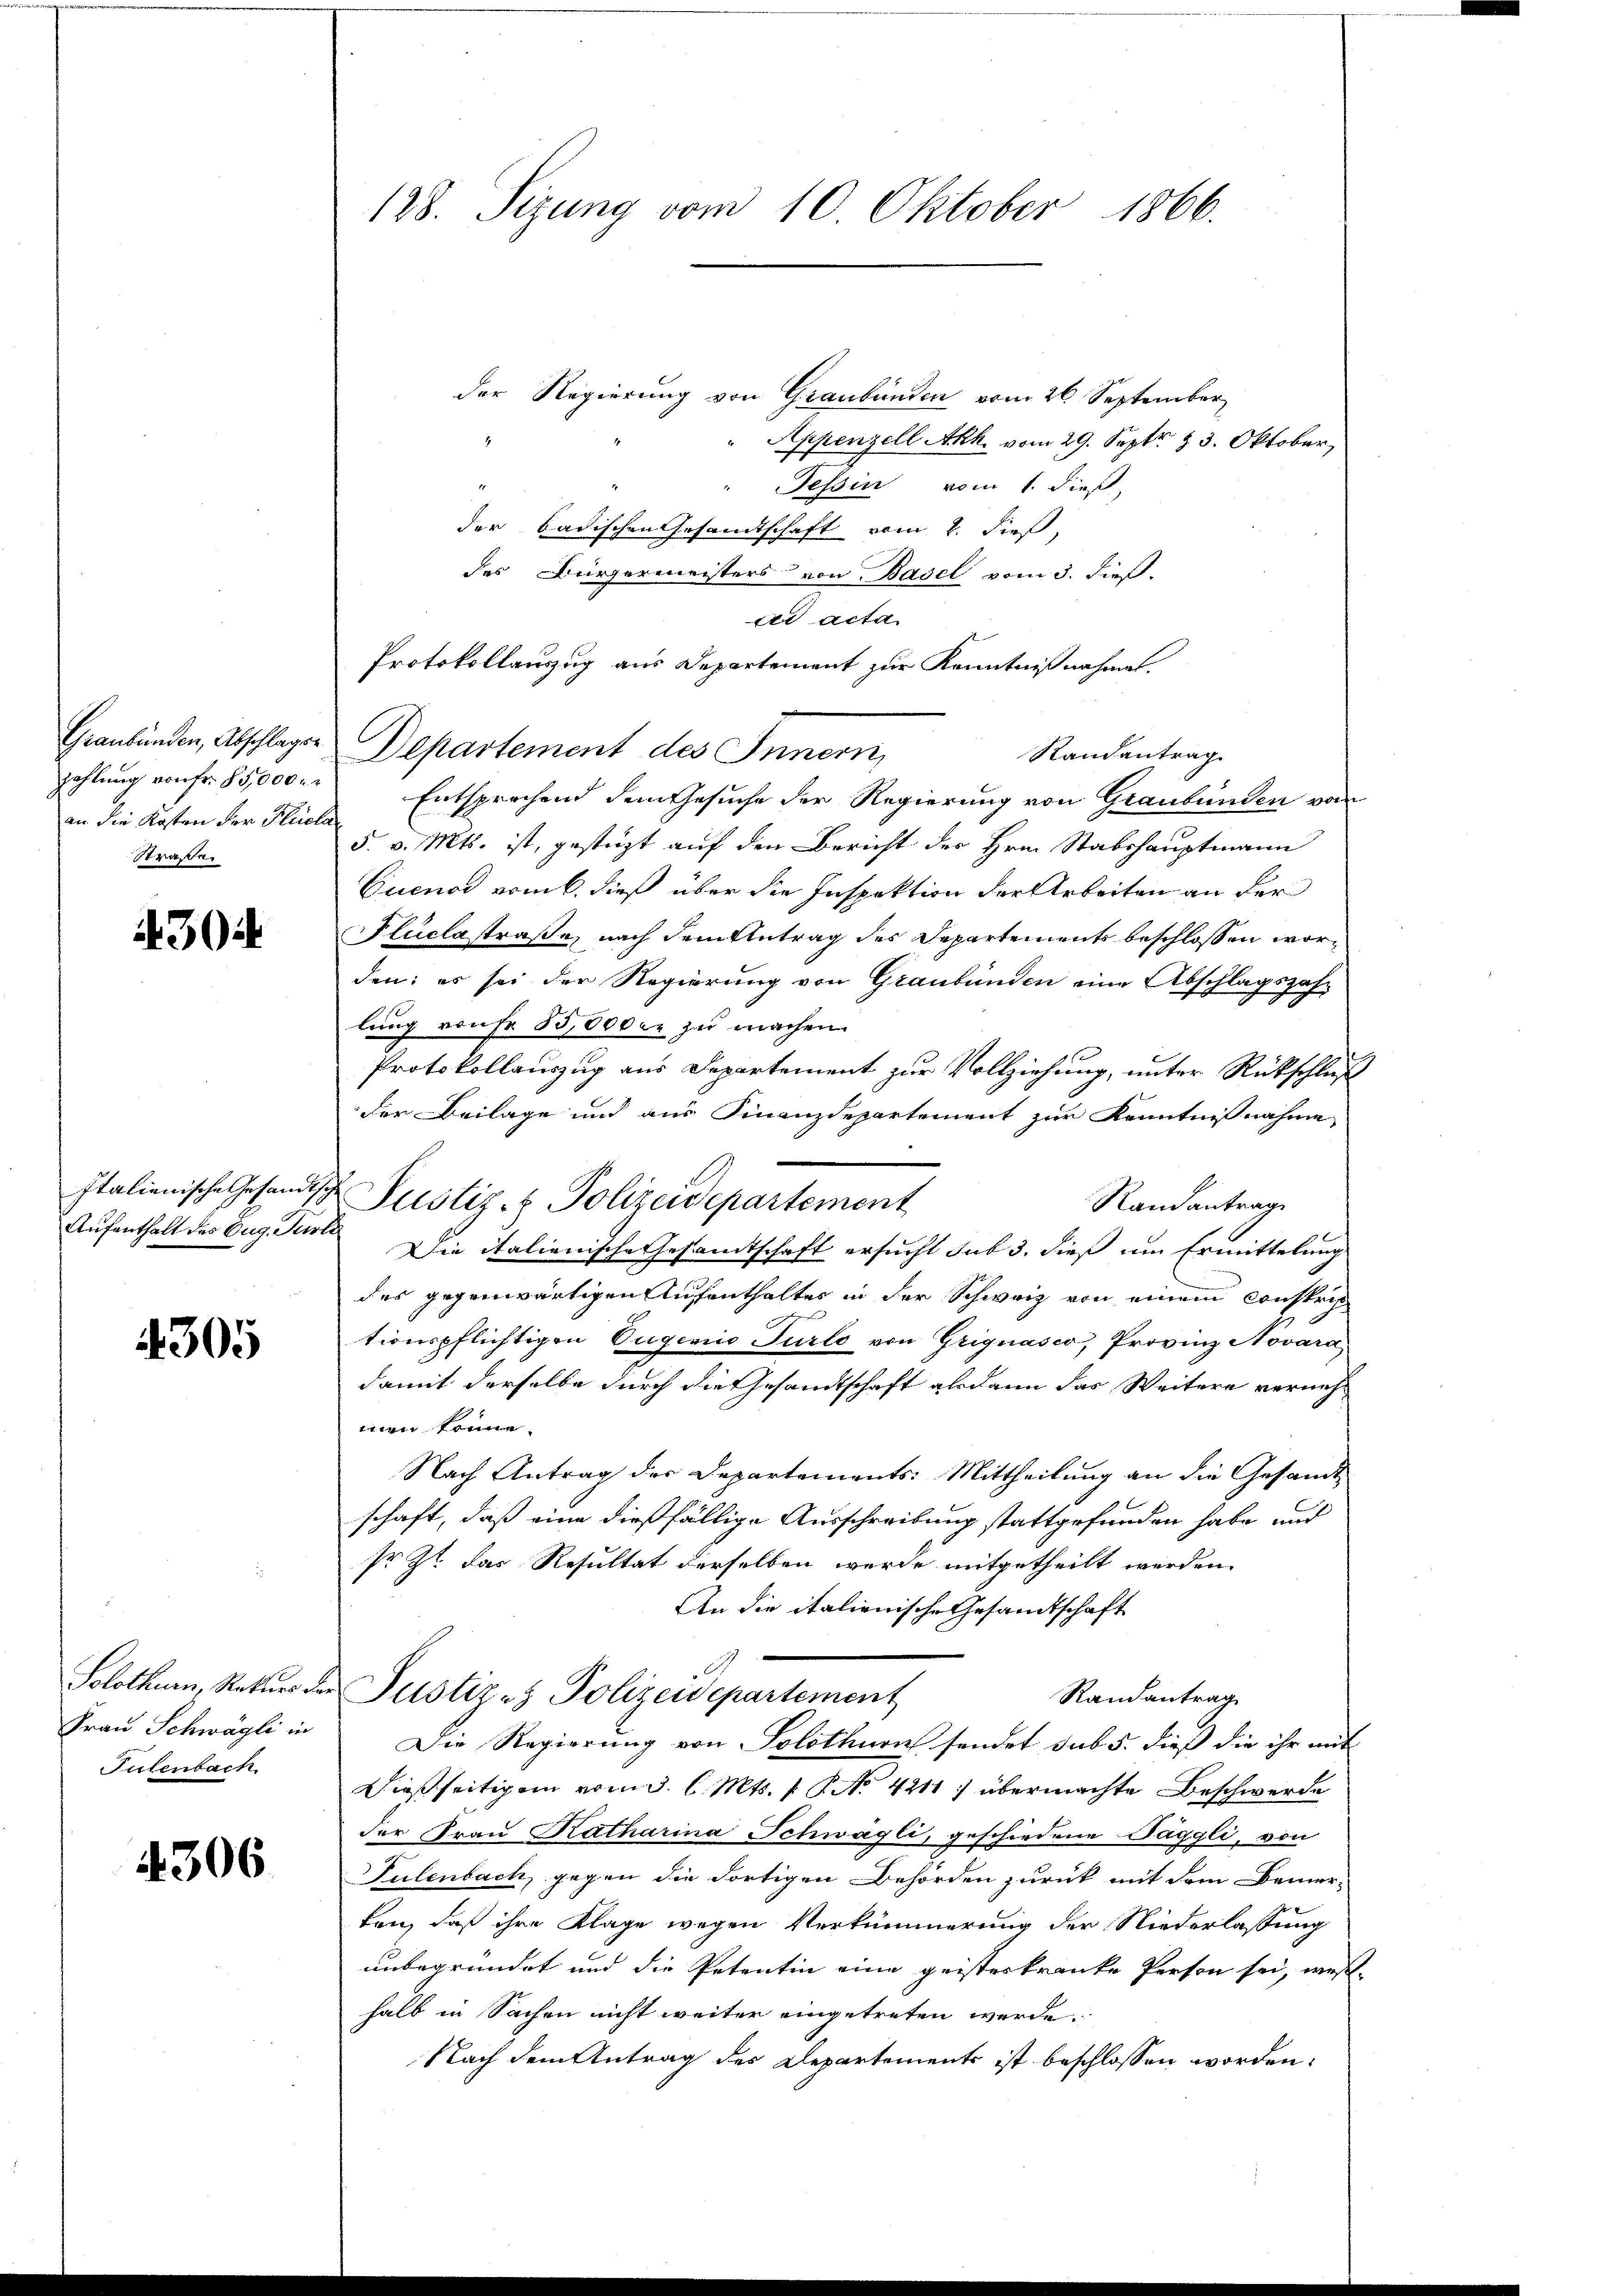
zahlung von Fr. 55,000
an die Kosten der Pluicla
Straße.

4304

Aufenthalt des Zug. Purte

4305

Frau Schwägli in
Tulenbach

4306

128. Sizung vom 10. Oktober 1866.

der Regierung von Graubünden vom 26. September
Appenzell Akh. vom 29. Sept. 13. Oktober,
Tessin vom 1. dieß,
der Badischen Gesandtschaft vom 2. dieß,
des Bürgermeisters von Basel vom 3. dieß.
dr acta
Protokollanzug aus Departement zur Kenntnißnahmen.
Graubünden, Abschlagen Departement des Innern,
Randantrag.
Entsprochend dem Gesuche der Regierung von Graubünden von
5. v. Mts. ist, gestüzt auf den Bericht der Hrn. Stabshauptmann
Cucnad vom 6. dieß über die Inspektion der Arbeiten an der
Plückestraße, nach dem Antrag des Departements beschlossen worden; es sei der Regierung von Graubünden eine Abschlagszahlung vonFr. 55,000 fr zu machen.
Protokollauszug aus Departement zur Vollziehung, unter Rückschluß
der Beilage und aus Finanzdepartement zur Kenntnißnahme
Randantrage
Die italienische Gesandtschaft ersucht sub 3. dieß um Ermittelung
des gegenwärtigen Aufenthalter in der Schweiz von einem Conskrip
tionspflichtigen Eugenis Turto von Griquasco, Provinz Novara
damit derselbe durch die Gesandtschaft alsdann das Weitere vernehmen könne.
Nach Antrag des Departements: Mittheilung an die Gesandt
schaft, daß eine dießfällige Ausschreibung stattgefunden habe und
sr. Zt. das Resultat derselben werde mitgetheilt werden.
An die italienische Gesandtschaft
Solothurn, Rekurs der Justiz- & Polizeidepartement
Randantrag
Die Regierung von Solothurn sendet sub 5. dieß die ihr mit
Dießseitigem vom 3. l. Mts. 1. No. 42117 übermachte Beschwerde
der Frau Katharina Schwägli, geschiedene Däggli, von
Pulenbach, gegen die dortigen Behörden zurück mit dem Bemer-
kon, daß ihre Klage wegen Verkümmerung der Niederlassung
unbegründet und die Petentin eine geisteskranke Person sei, weshalb in Sachen nicht weiter eingetreten werde.
Nach dem Antrag des Departements ist beschlossen worden.

Italienische Gesandtsche Justiz- & Polizeidepartement